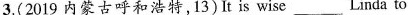
3.(2019 内蒙古呼和浩特,13) It is wise___Linda to